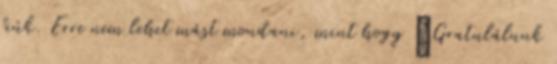
fiúk. Erre nem lehet mást mondani, mint hogy „Gratulálunk